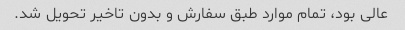
عالی بود، تمام موارد طبق سفارش و بدون تاخیر تحویل شد.